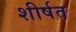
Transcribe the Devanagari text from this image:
शीर्षत